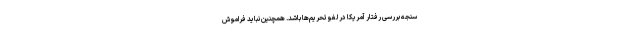
سنجه بررسی رفتار آمریکا در لغو تحریم‌ها باشد. همچنین نباید فراموش